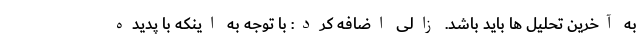
به آخرین تحلیل ها باید باشد. زالی اضافه کرد: با توجه به اینکه با پدیده